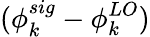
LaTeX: (\phi_{k}^{sig}-\phi_{k}^{LO})